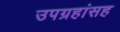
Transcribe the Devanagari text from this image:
उपग्रहांसह